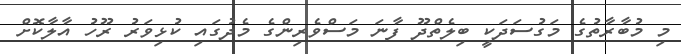
މި މުބާރާތުގެ މަގުސަދަކީ ބިލެތްދޫ ފާނަ މަސްވެރިންގެ މެދުގައި ކުޅިވަރު ރޫހު އާލާކޮށް